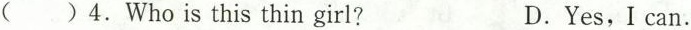
()4.Who is this thin girl? D.Yes,I can.